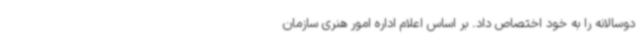
دوسالانه را به خود اختصاص داد. بر اساس اعلام اداره امور هنری سازمان